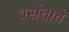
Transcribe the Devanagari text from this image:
वसंताचे